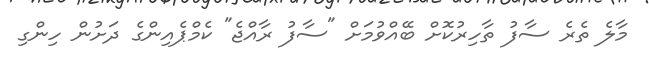
މާލެ ތެރެ ސާފު ތާހިރުކޮށް ބޭއްވުމަށް "ސާފު ރާއްޖެ" ކެމްޕެއިންގެ ދަށުން ހިންގި